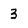
Character: 3